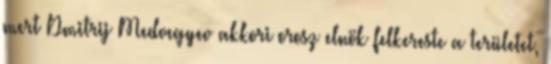
mert Dmitrij Medvegyev akkori orosz elnök felkereste a területet,